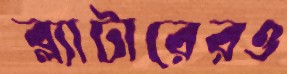
ব্ল্যাটারেরও